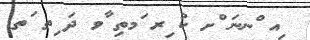
ިއ ްނނަ ްށ ކު ިރ ަމތި ާވ ދަ ިތ ަތ